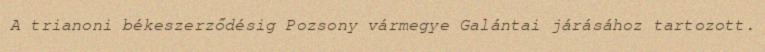
A trianoni békeszerződésig Pozsony vármegye Galántai járásához tartozott.